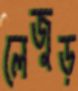
লেজুড়